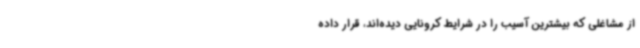
از مشاغلی که بیشترین آسیب را در شرایط کرونایی دیده‌اند، قرار داده